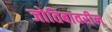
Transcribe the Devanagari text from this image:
जोतिबावरील